Leaving Certificate Examination (including Day School Certificate (Higher) General paper), 1930
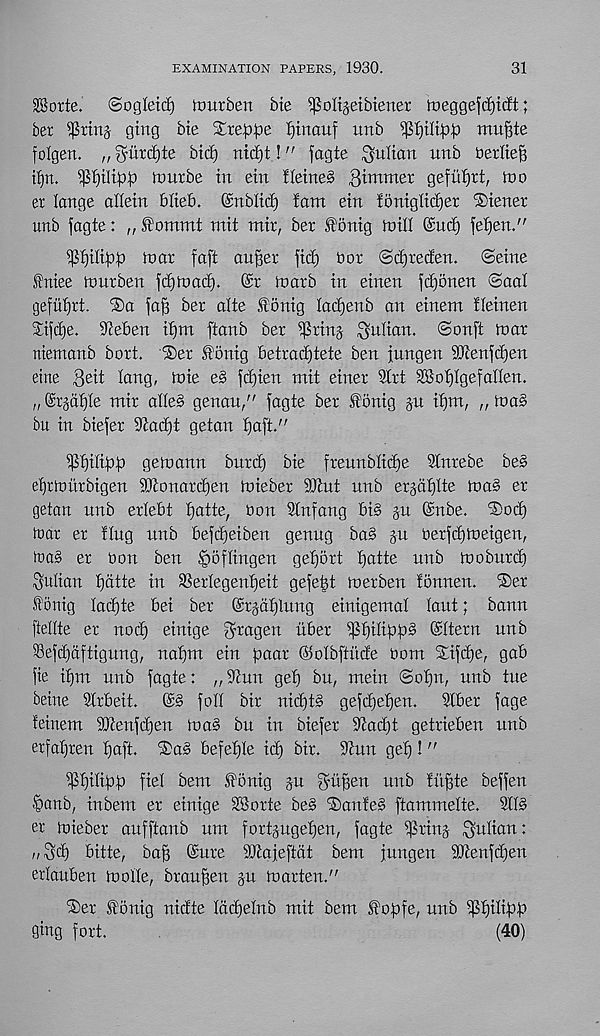
EXAMINATION PAPERS, 1930.
31
SBorte.
©ogleicE) ftmrben bte ^oltjetbtener loeggefiijicEt;
bet
gtng bie Steppe ptnauf unb ipptltpp mupte
folgen. „ ^urdjte bid) nicpt!" fagte Julian tmb berlief?
ifjn. ^piltpp luutbe in ein Heines gimmer gefuprt, mo
er lange allein blieb. ©rtblicp iam ein ioniglicpet Siener
unb fagte: „ £ommt mit mir, bet f onig mill ©ntp fepen."
^pilipp mat faft auper fid) bot ©djteden. (Seine
fniee mutben fdjmad). @r matb in einen fcpbnen ©aat
gefuptt. ®a fag bet alte fonig ladjenb an einem Heinen
3:ifd)e. dceben ipnt ftanb bet ^ting Julian, ©onft mat
niemanb bott. Set £onig betrad)tete ben fnngen 9}ienfd)en
eine 3eit i an g f i^te e§ fdjien mit einet ?Xtt SSopIgefalien.
„ (Stjaple mit alleS genau/' fagte bet HPnig ju ipm, „ ma§
bu in biefet Stadjt getan paft."
^pilipp gemann bntd) bie ftennblid)e SIntebe be§
efyrmittbigen SQionatdjen miebet 9Jtut unb etjaplte maS er
getan nnb erlebt patte, bon SInfang bi§ ju ©nbe. Sod)
toat et ting unb befcpeiben genug baS §u berfipmeigen,
luaS et bon ben £>offtngen gepott patte unb moburcp
Julian pdtte in SSetlegenpeit gefept metben tonnen. Set
f onig lacpte bei bet (StgdpHtug einigemal laut; bann
ftellte et nod) einige ^ragen iibet ^pilippS ©Item unb
®efd)aftignng, napm ein paat ©olbftiide bom Sifipe, gab
fie ipm nnb fagte: „‘Jinn gep bu, mein @opn, nnb tue
beine 9Itbeit.
©S foil bit nicptS gefcpepen.
SIber fage
feinem dRenfcpen maS bu in biefet S^acpt gettieben unb
etfapten paft. Sa§ befeple itp bit. S'iun gep ! "
^Ppilipp fiel bem fonig ju ^-upen unb fiipte beffen
•Sanb, inbem et einige 28otie beS SanteS ftammelte. SIB
er miebet aufftanb um fortjugepen, fagte iptinj Julian:
„Sd) bitte, bap ©ute SJigjeftat bem jungen SJtenfcpen
erlauben mode, braupen git marten."
Set SXonig nidte Idcpelnb mit bem fopfe, unb ^Spilipp
ging fort.
(40)